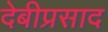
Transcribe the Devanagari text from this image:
देबीप्रसाद